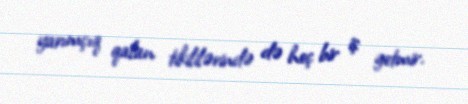
yarımçıq qalan tikililərində də heç bir iş getmir.